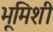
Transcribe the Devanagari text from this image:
भूमिशी